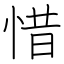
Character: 惜